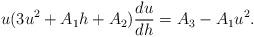
LaTeX: \begin{align*}u(3u^2+A_1 h+A_2)\frac{du}{dh}=A_3-A_1 u^2.\end{align*}